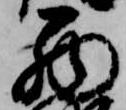
西